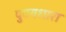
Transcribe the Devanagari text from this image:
पुण्यधारा